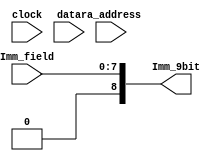
module LM(Imm_field,ra_address,Imm_9bit,clock,data);
input [7:0] Imm_field;
output [8:0] Imm_9bit;
input [2:0] ra_address;
input clock;
input [15:0] data;
reg [2:0] reg_number [7:0];
assign Imm_9bit={1'b0,Imm_field};

reg [15:0] regfile [7:0];
integer i;
always @(posedge clock)
begin
for(i=0;i<8;i=i+1)
begin
if(Imm_9bit[i]==1'b1)
begin
reg_number[i]<=i;
regfile[i]<=data;
end
else
begin
reg_number[i]<=1'b0;
regfile[i]<=regfile[i];
end
end

end

endmodule